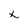
Character: x